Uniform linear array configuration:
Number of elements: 12
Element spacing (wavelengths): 0.25
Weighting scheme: uniform
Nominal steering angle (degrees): -30
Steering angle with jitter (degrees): -29.951
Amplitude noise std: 0.05
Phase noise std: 0.05

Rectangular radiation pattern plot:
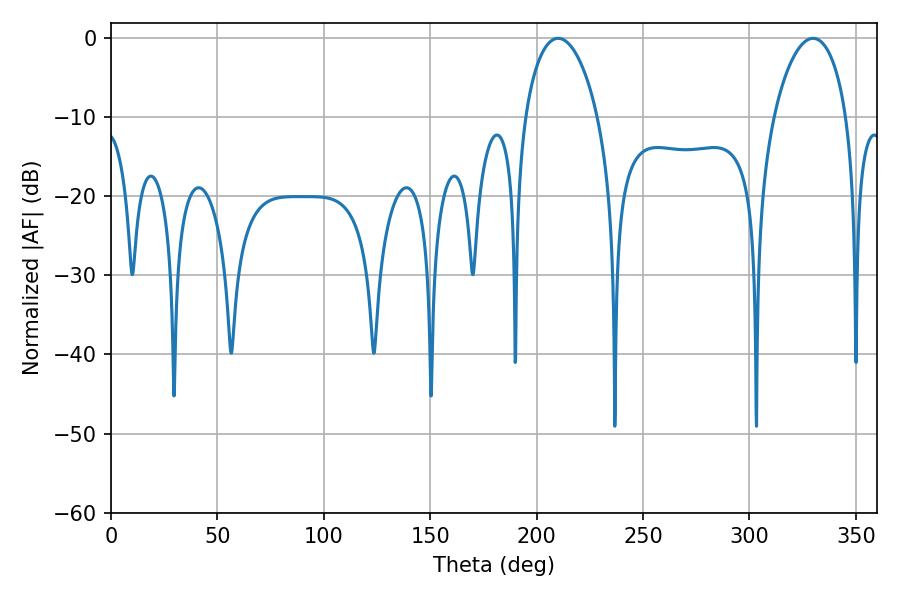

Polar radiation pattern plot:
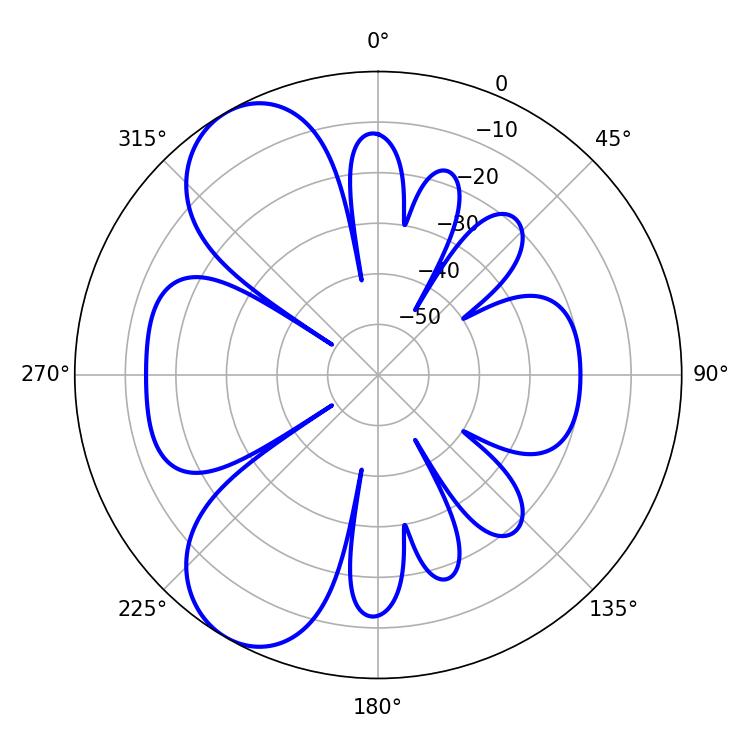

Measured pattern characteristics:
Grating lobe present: FALSE
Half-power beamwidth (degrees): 19.44
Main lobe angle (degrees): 210.06